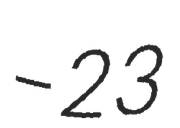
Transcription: – 23